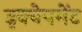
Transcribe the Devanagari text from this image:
इक्वेपमेंट